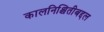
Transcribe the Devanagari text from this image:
कालनिश्चितीबद्दल